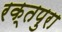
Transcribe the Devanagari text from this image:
रक्तपुरा